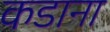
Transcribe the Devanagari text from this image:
कडाना